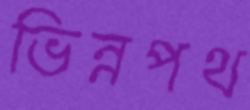
ভিন্নপথ